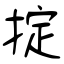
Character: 掟